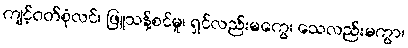
ကျင့်ဝတ်စုံလင်၊ ဖြူသန့်စင်မူ၊ ရှင်လည်းမကွေ၊ သေလည်းမကွာ၊